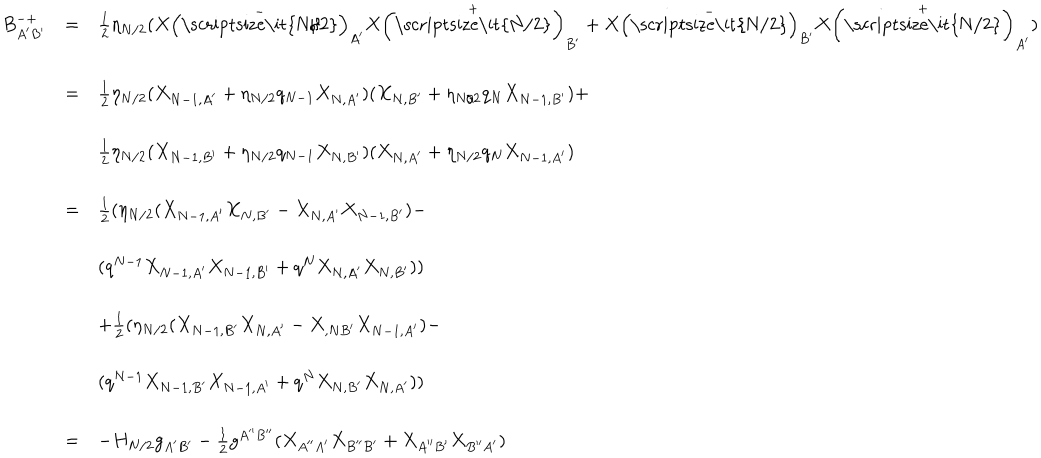
LaTeX: \begin{array} { l c l } { { B _ { A ^ { \prime } B ^ { \prime } } ^ { - + } } } & { { = } } & { { \frac { 1 } { 2 } \eta _ { N / 2 } ( X \left( \stackrel { - } { \mathrm { \scriptsize \it { N / 2 } } } \right) _ { A ^ { \prime } } X \left( \stackrel { + } { \mathrm { \scriptsize \it { N / 2 } } } \right) _ { B ^ { \prime } } + X \left( \stackrel { - } { \mathrm { \scriptsize \it { N / 2 } } } \right) _ { B ^ { \prime } } X \left( \stackrel { + } { \mathrm { \scriptsize \it { N / 2 } } } \right) _ { A ^ { \prime } } ) } } \\ { { } } & { { } } & { { } } \\ { { } } & { { = } } & { { \frac { 1 } { 2 } \eta _ { N / 2 } ( X _ { N - 1 , A ^ { \prime } } + \eta _ { N / 2 } q _ { N - 1 } X _ { N , A ^ { \prime } } ) ( X _ { N , B ^ { \prime } } + \eta _ { N / 2 } q _ { N } X _ { N - 1 , B ^ { \prime } } ) + } } \\ { { } } & { { } } & { { } } \\ { { } } & { { } } & { { \frac { 1 } { 2 } \eta _ { N / 2 } ( X _ { N - 1 , B ^ { \prime } } + \eta _ { N / 2 } q _ { N - 1 } X _ { N , B ^ { \prime } } ) ( X _ { N , A ^ { \prime } } + \eta _ { N / 2 } q _ { N } X _ { N - 1 , A ^ { \prime } } ) } } \\ { { } } & { { } } & { { } } \\ { { } } & { { = } } & { { \frac { 1 } { 2 } ( \eta _ { N / 2 } ( X _ { N - 1 , A ^ { \prime } } X _ { N , B ^ { \prime } } - X _ { N , A ^ { \prime } } X _ { N - 1 , B ^ { \prime } } ) - } } \\ { { } } & { { } } & { { } } \\ { { } } & { { } } & { { ( q ^ { N - 1 } X _ { N - 1 , A ^ { \prime } } X _ { N - 1 , B ^ { \prime } } + q ^ { N } X _ { N , A ^ { \prime } } X _ { N , B ^ { \prime } } ) ) } } \\ { { } } & { { } } & { { } } \\ { { } } & { { } } & { { + \frac { 1 } { 2 } ( \eta _ { N / 2 } ( X _ { N - 1 , B ^ { \prime } } X _ { N , A ^ { \prime } } - X _ { , N B ^ { \prime } } X _ { N - 1 , A ^ { \prime } } ) - } } \\ { { } } & { { } } & { { } } \\ { { } } & { { } } & { { ( q ^ { N - 1 } X _ { N - 1 , B ^ { \prime } } X _ { N - 1 , A ^ { \prime } } + q ^ { N } X _ { N , B ^ { \prime } } X _ { N , A ^ { \prime } } ) ) } } \\ { { } } & { { } } & { { } } \\ { { } } & { { = } } & { { - H _ { N / 2 } g _ { A ^ { \prime } B ^ { \prime } } - \frac { 1 } { 2 } g ^ { A ^ { \prime \prime } B ^ { \prime \prime } } ( X _ { A ^ { \prime \prime } A ^ { \prime } } X _ { B ^ { \prime \prime } B ^ { \prime } } + X _ { A ^ { \prime \prime } B ^ { \prime } } X _ { B ^ { \prime \prime } A ^ { \prime } } ) } } \\ \end{array}